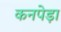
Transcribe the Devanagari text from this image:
कनपेड़ा